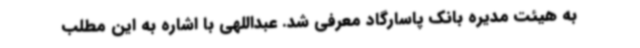
به هیئت مدیره بانک پاسارگاد معرفی شد. عبداللهی با اشاره به این مطلب